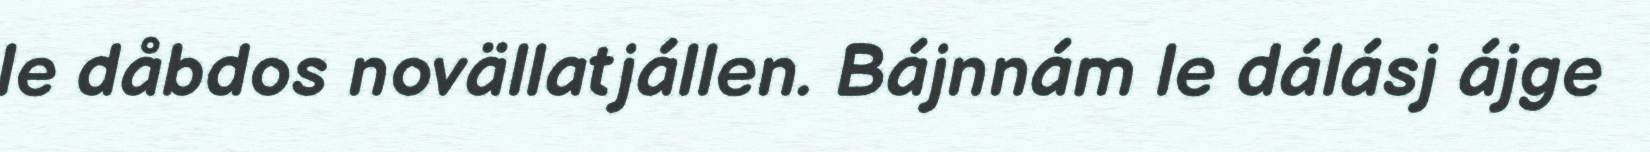
le dåbdos novällatjállen. Bájnnám le dálásj ájge